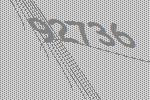
92736